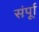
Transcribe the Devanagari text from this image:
संर्पूा